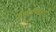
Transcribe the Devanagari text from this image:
परिनालिकाएँ